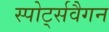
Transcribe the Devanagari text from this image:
स्पोर्ट्सवैगन